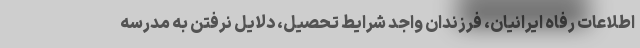
اطلاعات رفاه ایرانیان، فرزندان واجد شرایط تحصیل، دلایل نرفتن به مدرسه